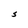
Character: S